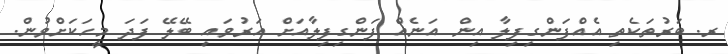
ރ. ބަރުތަކެތި އެއްފަންގިފިލާ އިން އަނެއް ފަންގިފިލާއަށް އަރުވައި ބޭލޭ ފަދަ މީހަކަށްވުން.